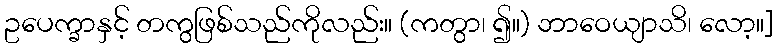
ဥပေက္ခာနှင့် တကွဖြစ်သည်ကိုလည်း။ (ကတွာ၊ ၍။) ဘာဝေယျာသိ၊ လော့။]